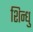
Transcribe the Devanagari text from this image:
शिन्धु